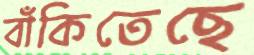
বাঁকিতেছে